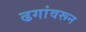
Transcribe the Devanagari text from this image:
ढगांवरून